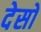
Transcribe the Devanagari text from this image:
देसों